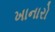
ખાનારો